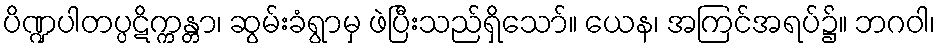
ပိဏ္ဍပါတပ္ပဋိက္ကန္တာ၊ ဆွမ်းခံရွာမှ ဖဲပြီးသည်ရှိသော်။ ယေန၊ အကြင်အရပ်၌။ ဘဂဝါ၊